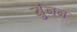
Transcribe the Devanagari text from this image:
युंनन